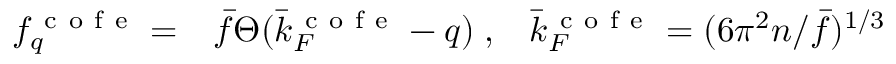
\begin{array} { r l r } { f _ { q } ^ { \mathrm { ~ c ~ o ~ f ~ e ~ } } = } & { { } \bar { f } \Theta ( \bar { k } _ { F } ^ { \mathrm { ~ c ~ o ~ f ~ e ~ } } - q ) \; , } & { \bar { k } _ { F } ^ { \mathrm { ~ c ~ o ~ f ~ e ~ } } = ( 6 \pi ^ { 2 } n / \bar { f } ) ^ { 1 / 3 } } \end{array}